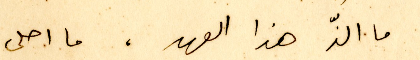
ما الَذَ هذا العهد. ما احلى